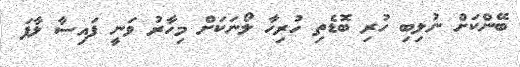
ބޭންކަށް ނުލިބި ހުރި ބޮޑެތި ހުރިހާ ލޯނަކަށް މިހާރު ވަނީ ފައިސާ ލާފަ